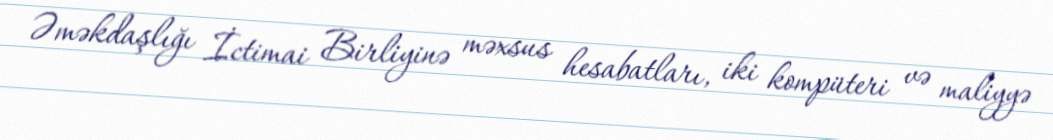
Əməkdaşlığı İctimai Birliyinə məxsus hesabatları, iki kompüteri və maliyyə